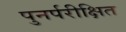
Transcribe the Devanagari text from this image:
पुनर्परीक्षित